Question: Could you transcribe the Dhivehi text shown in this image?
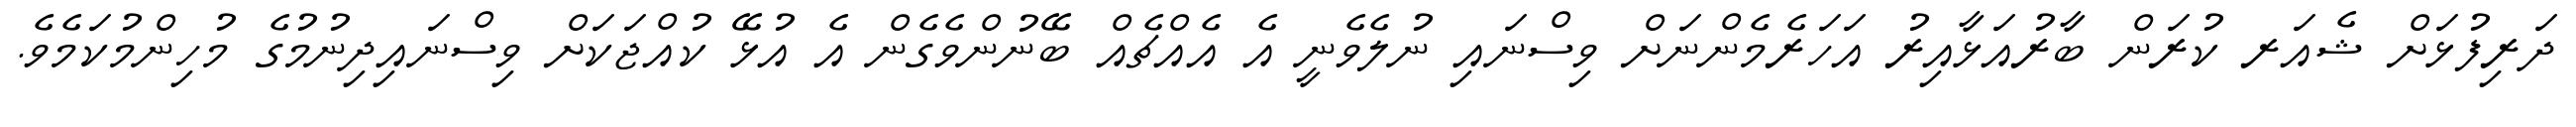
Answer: ދަރިފުޅަށް ޝެއަރ ކުރަން ބާރުއަޅާއިރު އަހަރެމެންނަށް ވިސްނައި ނުލެވެނީ އެ އެއްޗެއް ބޭނުންވެގެން އެ އުޅޭ ކުއްޖަކަށް ވިސްނައިދިނުމުގެ މުހިންމުކަމެވެ.